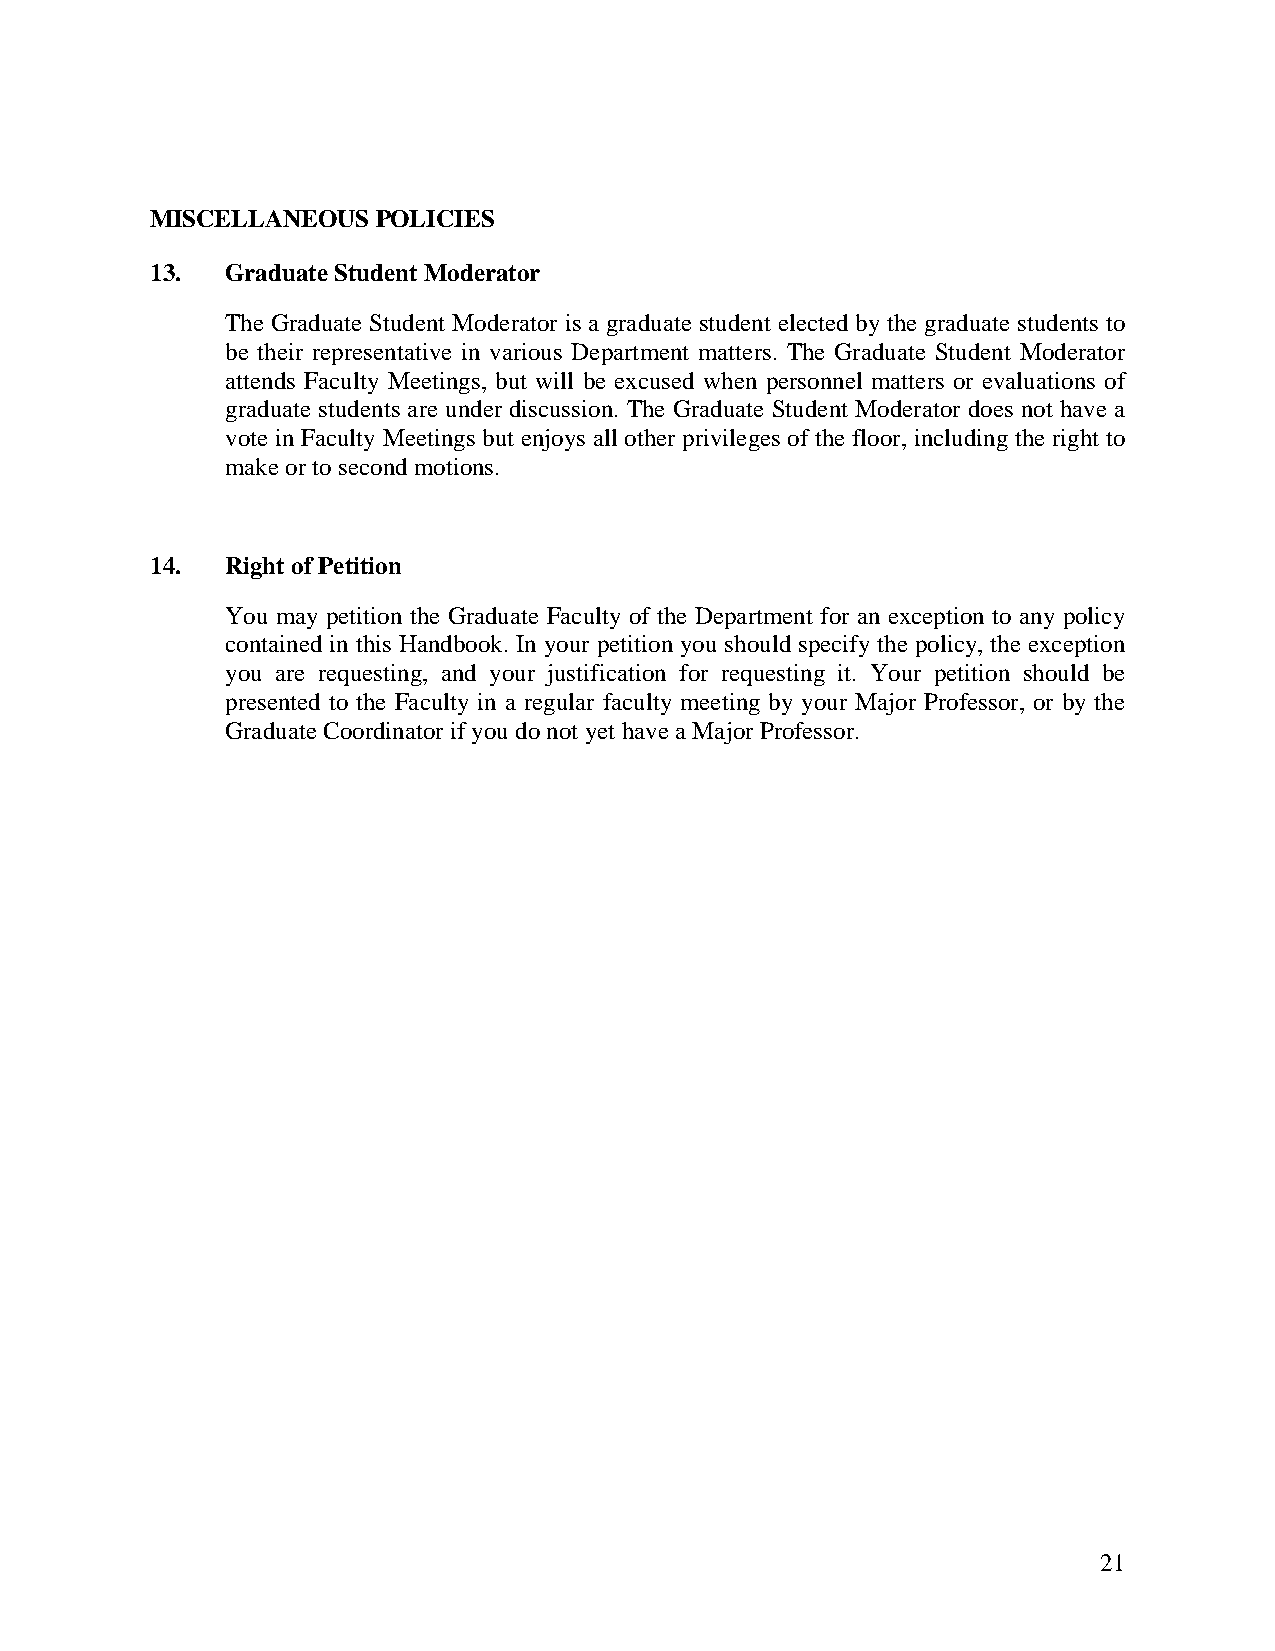
MISCELLANEOUS  POLICIES
 13.  Graduate Student Moderator
 The Graduate Student Moderator is a graduate student elected by the graduate students to
 be their representative in various Department matters. The Graduate Student Moderator
 attends Faculty Meetings, but will be excused when personnel matters or evaluations of
 graduate students are under discussion. The Graduate Student Moderator does not have a
 vote in Faculty Meetings but enjoys all other privileges of the floor, including the right to
 make or to second motions.
 14.  Right of Petition
 You may petition the Graduate Faculty of the Department for an exception to any policy
 contained in this Handbook. In your petition you should specify the policy, the exception
 you are requesting, and your justification for requesting it. Your petition should be
 presented to the Faculty in a regular faculty meeting by your Major Professor, or by the
 Graduate Coordinator if you do not yet have a Major Professor.
 21